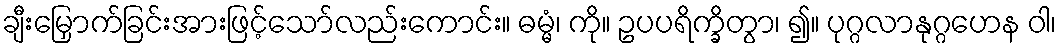
ချီးမြှောက်ခြင်းအားဖြင့်သော်လည်းကောင်း။ ဓမ္မံ၊ ကို။ ဥပပရိက္ခိတွာ၊ ၍။ ပုဂ္ဂလာနုဂ္ဂဟေန ဝါ၊